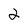
Character: 2